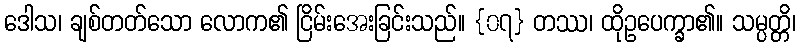
ဒေါသ၊ ချစ်တတ်သော လောက၏ ငြိမ်းအေးခြင်းသည်။ {၀၇} တဿ၊ ထိုဥပေက္ခာ၏။ သမ္ပတ္တိ၊